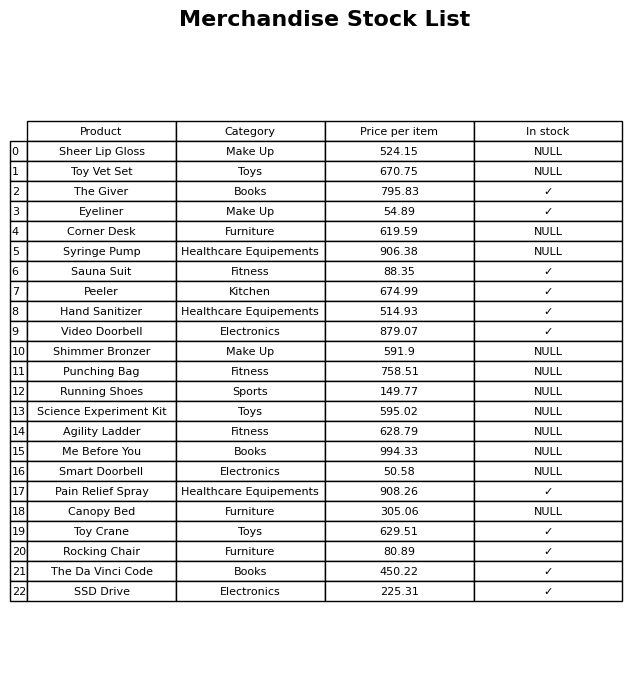
question: What is the price of the Video Doorbell?
answer: The price of Video Doorbell is 879.07.